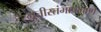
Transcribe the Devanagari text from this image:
स्म्रुतीस्तंभाप्रमाणे